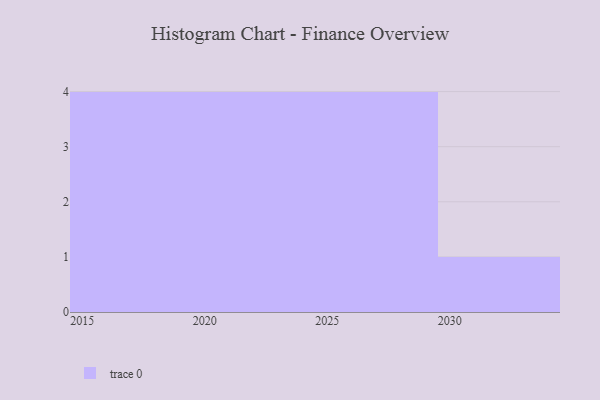
{"axis": {"x": "Year", "y": "Conversion Rate (%)"}, "legend": [""], "data": [{"x": "2022", "y": 84, "type": ""}, {"x": "2021", "y": 35, "type": ""}, {"x": "2030", "y": 63, "type": ""}, {"x": "2027", "y": 100, "type": ""}, {"x": "2018", "y": 53, "type": ""}, {"x": "2025", "y": 31, "type": ""}, {"x": "2023", "y": 69, "type": ""}, {"x": "2028", "y": 67, "type": ""}, {"x": "2029", "y": 92, "type": ""}, {"x": "2019", "y": 58, "type": ""}, {"x": "2016", "y": 91, "type": ""}, {"x": "2017", "y": 75, "type": ""}, {"x": "2024", "y": 81, "type": ""}]}